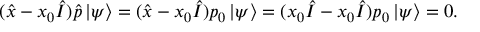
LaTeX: ( { \hat { x } } - x _ { 0 } { \hat { I } } ) { \hat { p } } \, | \psi \rangle = ( { \hat { x } } - x _ { 0 } { \hat { I } } ) p _ { 0 } \, | \psi \rangle = ( x _ { 0 } { \hat { I } } - x _ { 0 } { \hat { I } } ) p _ { 0 } \, | \psi \rangle = 0 .